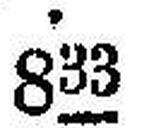
833